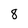
Character: 8